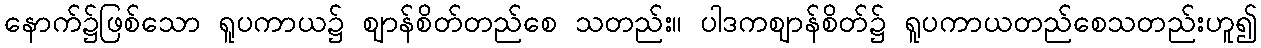
နောက်၌ဖြစ်သော ရူပကာယ၌ ဈာန်စိတ်တည်စေ သတည်း။ ပါဒကဈာန်စိတ်၌ ရူပကာယတည်စေသတည်းဟူ၍